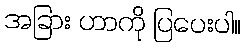
အခြား ဟာကို ပြပေးပါ။